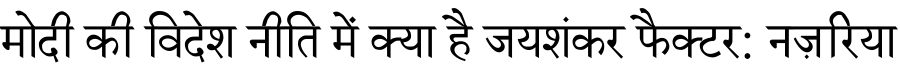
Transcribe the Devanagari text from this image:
मोदी की विदेश नीति में क्या है जयशंकर फैक्टर: नज़रिया